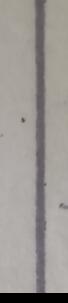
Signature authenticity: forged